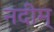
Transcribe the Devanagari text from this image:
नदीम्